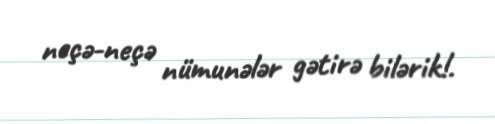
neçə-neçə nümunələr gətirə bilərik!.